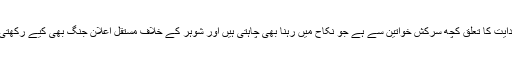
اس ہدایت کا تعلق کچھ سرکش خواتین سے ہے جو نکاح میں رہنا بھی چاہتی ہیں اور شوہر کے خلاف مستقل اعلان جنگ بھی کیے رکھتی ہیں۔